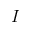
I